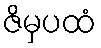
ဇိမှပထံ